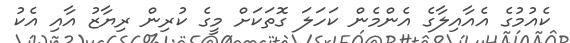
ކެއުމުގެ އެއާއިލާގެ އެންމެން ކަހަލަ ގޮތަކަށް މީގެ ކުރިން ރިޔާޒު އާއި އެކު